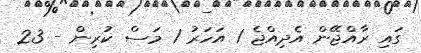
ގައި ރާއްޖޭން އެދިއްޖެ 1 އަހަރު 1 މަސް ކުރިން - 23